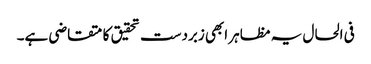
فی الحال یہ مظاہر ابھی زبردست تحقیق کا متقاضی ہے۔